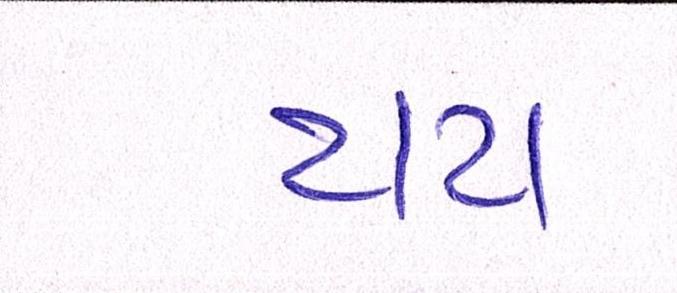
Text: ટાટા